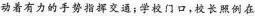
动着有力的手势指挥交通；学校门口，校长照例在